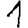
Digit: 1